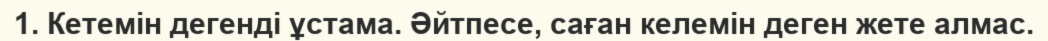
1. Кетемін дегенді ұстама. Әйтпесе, саған келемін деген жете алмас.